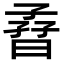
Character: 孴